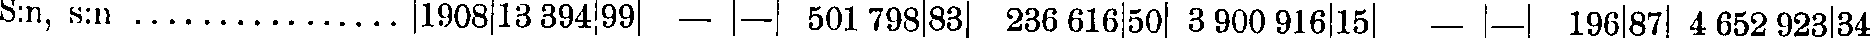
S:n, s:n ................ 1908 13 394 99 — — 501 798 83 236 616 50 3 900 916 15 196 87 4 652 923 34